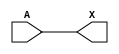
module sky130_fd_sc_ls__dlymetal6s2s_4 (
    X,
    A
);
    output X;
    input  A;
    wire buf0_out_X;
    buf buf0 (buf0_out_X, A              );
    buf buf1 (X         , buf0_out_X     );
endmodule